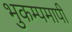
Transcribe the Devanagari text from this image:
भुकम्पमापी